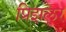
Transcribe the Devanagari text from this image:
प्रिझलर